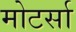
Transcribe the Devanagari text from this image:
मोटर्सा